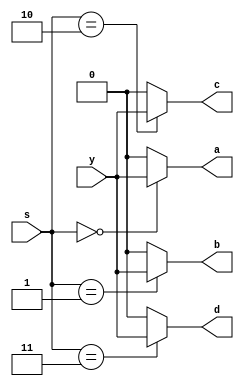
`timescale 1ns / 1ps
//////////////////////////////////////////////////////////////////////////////////
// Company: 
// Engineer: 
// 
// Design Name: 
// Module Name:    demux1x4 
// Project Name: 
// Target Devices: 
// Tool versions: 
// Description: 
//
// Dependencies: 
//
// Revision: 
// Revision 0.01 - File Created
// Additional Comments: 
//
//////////////////////////////////////////////////////////////////////////////////
module demux1x4(
    input y,
    input [1:0] s,
    output a,
    output b,
    output c,
    output d
    );
	 
	 assign a=(s==2'b00)?y:1'b0;
	 assign b=(s==2'b01)?y:1'b0;
	 assign c=(s==2'b10)?y:1'b0;
	 assign d=(s==2'b11)?y:1'b0;
	 


endmodule